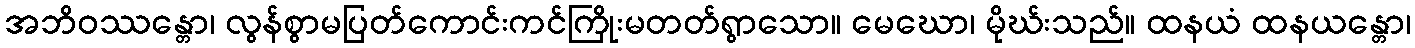
အဘိဝဿန္တော၊ လွန်စွာမပြတ်ကောင်းကင်ကြိုးမတတ်ရွာသော။ မေဃော၊ မိုဃ်းသည်။ ထနယံ ထနယန္တော၊